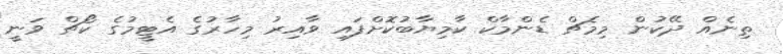
ތިނެއް ދޭކުން މިމެޗް ޑެންމާކް ކާމިޔާބުކޮށްފައި ވާއިރު މިހާރުގެ އެޓީމުގެ ކޯޗް ވަނީ